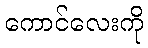
ကောင်လေးကို